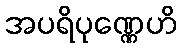
အပရိပုဏ္ဏေဟိ